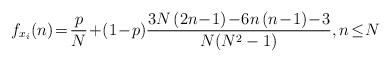
LaTeX: \begin{align*}f_{x_i}(n) \!=\! \frac{p}{N} \!+\! \left(1\!-\!p\right) \!\frac{3N\left(2n\!-\!1\right)\!-\!6n\left(n\!-\!1\right)\!-\!3}{N(N^2-1)}, n\!\leq\! N\end{align*}